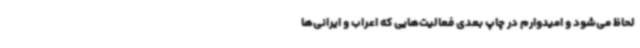
لحاظ می‌شود و امیدوارم در چاپ بعدی فعالیت‌هایی که اعراب و ایرانی‌ها